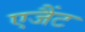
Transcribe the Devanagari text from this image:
एजैंट